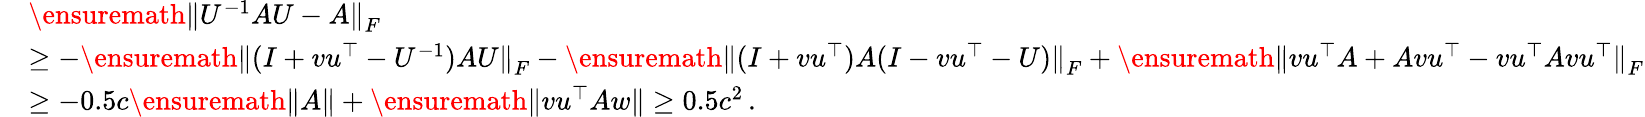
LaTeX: \begin{array}{rl}&{\ensuremath{\lVert U^{-1}AU-A\rVert}_{F}}\\ &{\geq-\ensuremath{\lVert(I+vu^{\top}-U^{-1})AU\rVert}_{F}-\ensuremath{\lVert(I+vu^{\top})A(I-vu^{\top}-U)\rVert}_{F}+\ensuremath{\lVert vu^{\top}A+Avu^{\top}-vu^{\top}Avu^{\top}\rVert}_{F}}\\ &{\geq-0.5c\ensuremath{\lVert A\rVert}+\ensuremath{\lVert vu^{\top}Aw\rVert}\geq 0.5c^{2}\, .}\end{array}